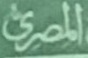
المصرى